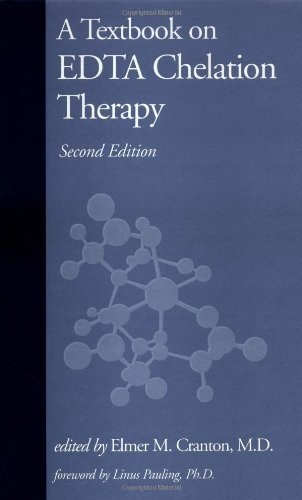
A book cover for A Textbook on EDTA Chelation Therapy: Second Edition 2 Sub Edition by Cranton, Elmer M. (2001); Health, Fitness & Dieting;